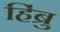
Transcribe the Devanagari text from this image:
हिंब्रु